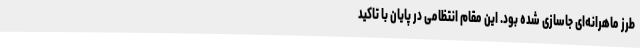
طرز ماهرانه‌ای جاسازی شده بود. این مقام انتظامی در پایان با تاکید